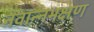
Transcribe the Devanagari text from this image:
नवान्नभक्षण